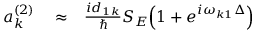
\begin{array} { r l r } { a _ { k } ^ { ( 2 ) } } & { { } \approx } & { \frac { i d _ { 1 k } } { \hbar } S _ { E } \Big ( 1 + e ^ { i \omega _ { k 1 } \Delta } \Big ) } \end{array}